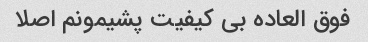
فوق العاده بی کیفیت پشیمونم اصلا